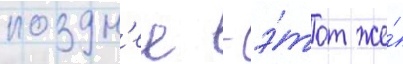
поздн'ее - э́тот же́